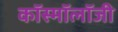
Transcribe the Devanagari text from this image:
कॉस्मॉलॉजी